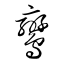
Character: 鸞